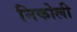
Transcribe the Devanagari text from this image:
निकोली